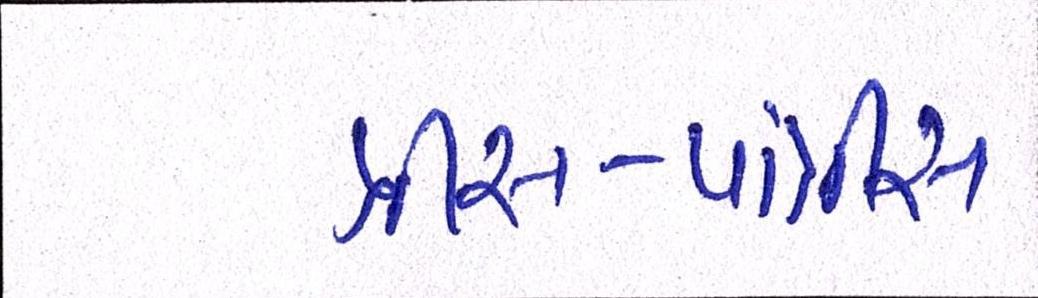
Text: ત્રીસ-પાંત્રીસ